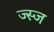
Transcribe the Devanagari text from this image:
ज्स्ज